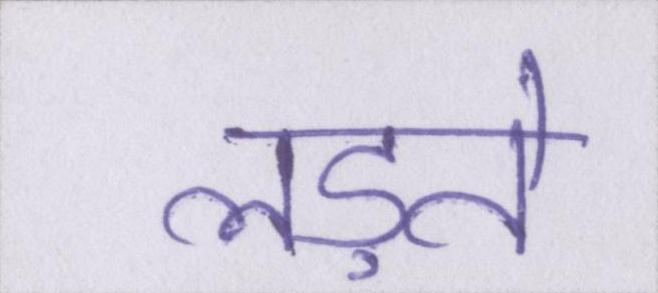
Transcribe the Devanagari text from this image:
लड़ते